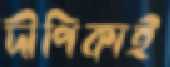
দীপিকাই